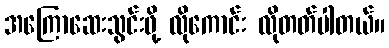
အကြောဆေးသွင်းဖို့ လိုကောင်း လိုတတ်ပါတယ်။